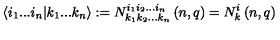
\langle i _ { 1 } . . . i _ { n } | k _ { 1 } . . . k _ { n } \rangle : = N _ { k _ { 1 } k _ { 2 } . . . k _ { n } } ^ { i _ { 1 } i _ { 2 } . . . i _ { n } } \left( n , q \right) = N _ { k } ^ { i } \left( n , q \right)